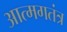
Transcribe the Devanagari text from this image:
आत्मगतंत्र